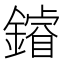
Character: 𨬴